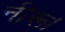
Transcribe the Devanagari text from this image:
नीरू।